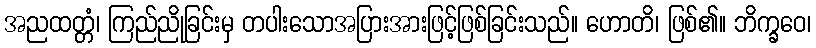
အညထတ္တံ၊ ကြည်ညိုခြင်းမှ တပါးသောအပြားအားဖြင့်ဖြစ်ခြင်းသည်။ ဟောတိ၊ ဖြစ်၏။ ဘိက္ခဝေ၊